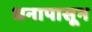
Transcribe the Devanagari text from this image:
धनापासून